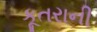
કૂતરાની